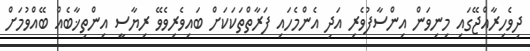
ދިވެހިރާއްޖޭގައި މިނިވަން އިންސާފުވެރި އަދި އެންމެހައި ފަރާތްތަކަކަށް ބައިވެރިވެވޭ ރިޔާސީ އިންތިޚާބެއް ބޭއްވުމަށް